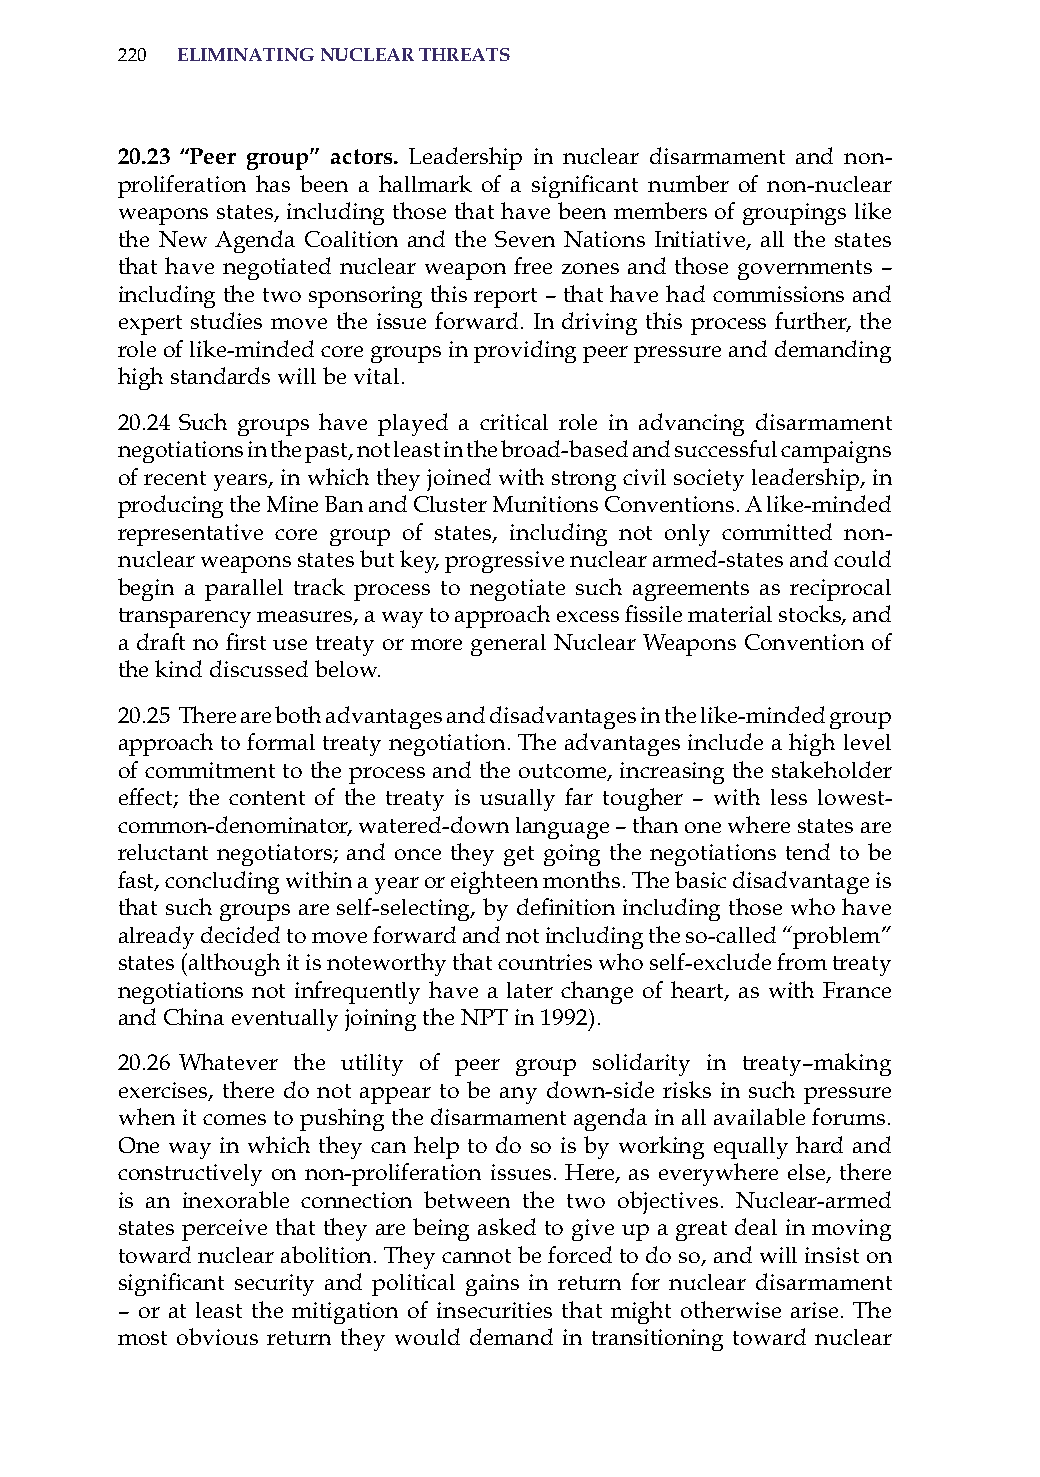
220 eliminatinG nuclear threats
 20.23 “Peer group” actors. Leadership in nuclear disarmament and non-
 proliferation has been a hallmark of a significant number of non-nuclear
 weapons states, including those that have been members of groupings like
 the New agenda Coalition and the seven Nations initiative, all the states
 that have negotiated nuclear weapon free zones and those governments –
 including the two sponsoring this report – that have had commissions and
 expert studies move the issue forward. in driving this process further, the
 role of like-minded core groups in providing peer pressure and demanding
 high standards will be vital.
 20.24 such groups have played a critical role in advancing disarmament
 negotiations in the past, not least in the broad-based and successful campaigns
 of recent years, in which they joined with strong civil society leadership, in
 producing the Mine Ban and Cluster Munitions Conventions. a like-minded
 representative core group of states, including not only committed non-
 nuclear weapons states but key, progressive nuclear armed-states and could
 begin a parallel track process to negotiate such agreements as reciprocal
 transparency measures, a way to approach excess fissile material stocks, and
 a draft no first use treaty or more general Nuclear Weapons Convention of
 the kind discussed below.
 20.25 There are both advantages and disadvantages in the like-minded group
 approach to formal treaty negotiation. The advantages include a high level
 of commitment to the process and the outcome, increasing the stakeholder
 effect; the content of the treaty is usually far tougher – with less lowest-
 common-denominator, watered-down language – than one where states are
 reluctant negotiators; and once they get going the negotiations tend to be
 fast, concluding within a year or eighteen months. The basic disadvantage is
 that such groups are self-selecting, by definition including those who have
 already decided to move forward and not including the so-called “problem”
 states (although it is noteworthy that countries who self-exclude from treaty
 negotiations not infrequently have a later change of heart, as with France
 and China eventually joining the NPT in 1992).
 20.26 Whatever the utility of peer group solidarity in treaty–making
 exercises, there do not appear to be any down-side risks in such pressure
 when it comes to pushing the disarmament agenda in all available forums.
 one way in which they can help to do so is by working equally hard and
 constructively on non-proliferation issues. here, as everywhere else, there
 is an inexorable connection between the two objectives. Nuclear-armed
 states perceive that they are being asked to give up a great deal in moving
 toward nuclear abolition. They cannot be forced to do so, and will insist on
 significant security and political gains in return for nuclear disarmament
 – or at least the mitigation of insecurities that might otherwise arise. The
 most obvious return they would demand in transitioning toward nuclear